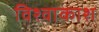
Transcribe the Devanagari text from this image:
विश्वाकाश